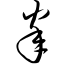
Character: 睾